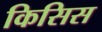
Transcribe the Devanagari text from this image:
किसिस